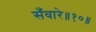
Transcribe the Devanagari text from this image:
सँवारे॥१०॥